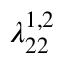
\lambda _ { 2 2 } ^ { 1 , 2 }